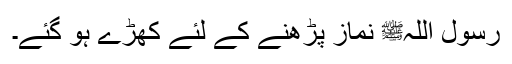
رسول اللہﷺ نماز پڑھنے کے لئے کھڑے ہو گئے۔